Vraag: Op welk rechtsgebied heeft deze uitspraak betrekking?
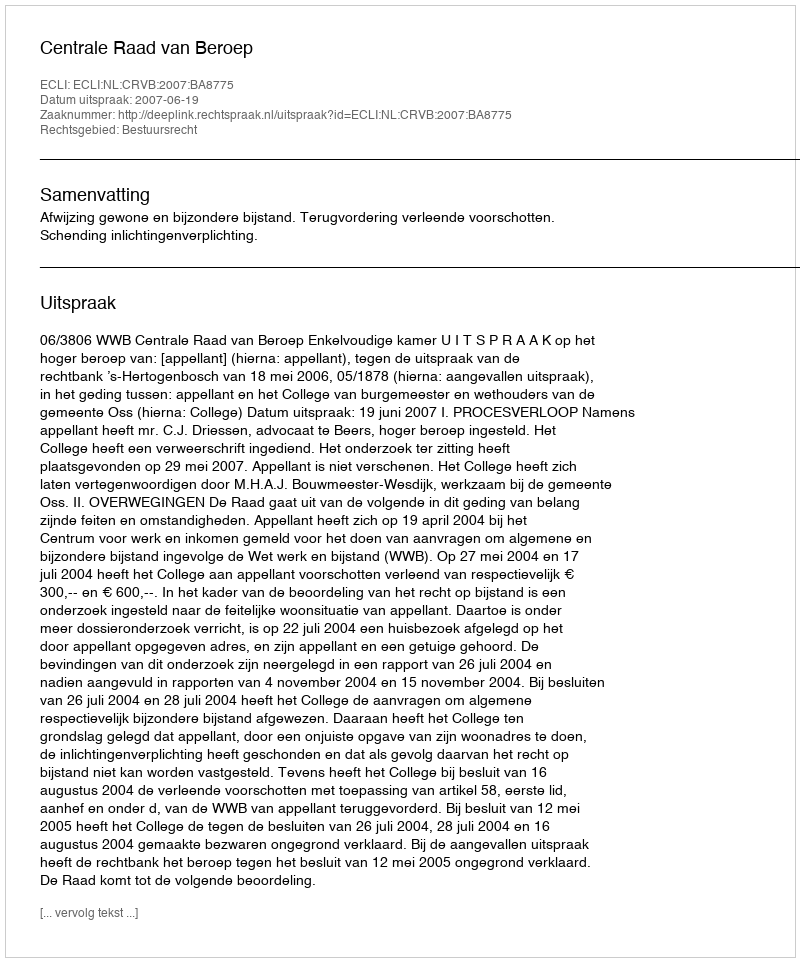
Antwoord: Bestuursrecht